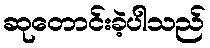
ဆုတောင်းခဲ့ပါသည်